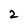
Character: 2